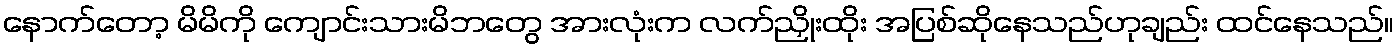
နောက်တော့ မိမိကို ကျောင်းသားမိဘတွေ အားလုံးက လက်ညှိုးထိုး အပြစ်ဆိုနေသည်ဟုချည်း ထင်နေသည်။